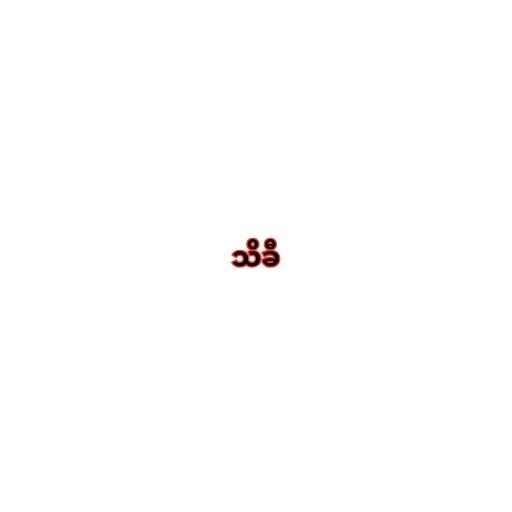
သိခီ